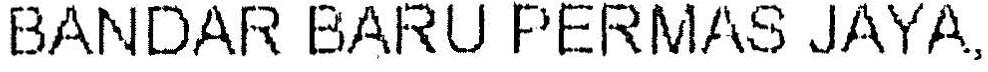
BANDAR BARU PERMAS JAYA,